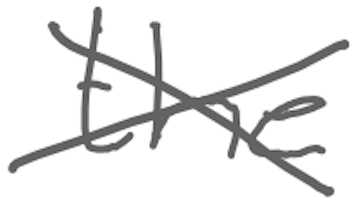
Text: the
Cross-out: cross
Writing tool: digital_gray